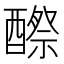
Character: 𨢵